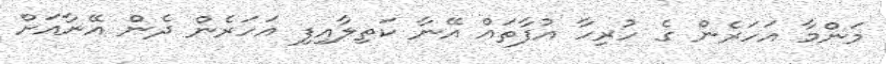
މަންމާ އަހަރެން ގެ ހުރިހާ އުފާތައް އޭނާ ކަތިލާއިފި އަހަރެން ދެން އޭނާއަށް